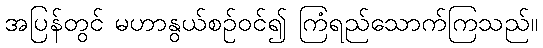
အပြန်တွင် မဟာနွယ်စဉ်ဝင်၍ ကြံရည်သောက်ကြသည်။